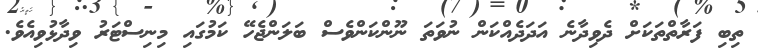
ތިބި ފަރާތްތަކަށް ދެވިދާނެ އަދަދެއްކަން ނުވަތަ ނޫންކަންވެސް ބަލަންޖެހޭ ކަމުގައި މިނިސްޓަރު ވިދާޅުވިއެވެ.